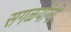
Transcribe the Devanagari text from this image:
सगळयांनी